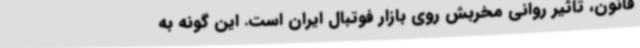
قانون، تاثیر روانی مخربش روی بازار فوتبال ایران است. این‌ گونه به